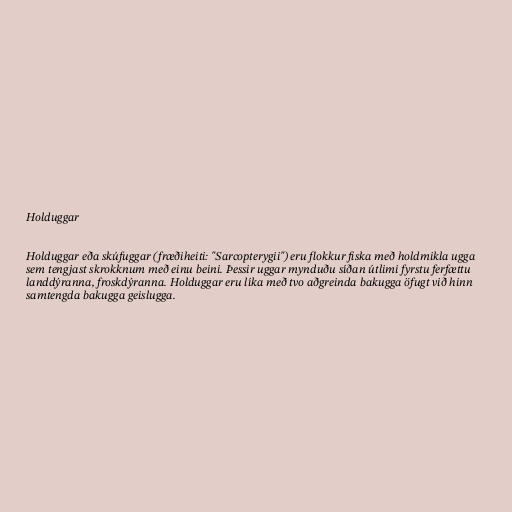
Holduggar

Holduggar eða skúfuggar (fræðiheiti: "Sarcopterygii") eru flokkur fiska með holdmikla ugga
sem tengjast skrokknum með einu beini. Þessir uggar mynduðu síðan útlimi fyrstu ferfættu
landdýranna, froskdýranna. Holduggar eru líka með tvo aðgreinda bakugga öfugt við hinn
samtengda bakugga geislugga.